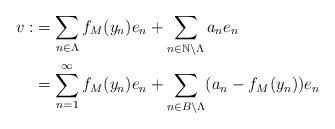
LaTeX: \begin{align*}v:&= \sum_{n \in \Lambda}f_M(y_n)e_n + \sum_{n \in \mathbb{N}\setminus \Lambda}a_ne_n\\&= \sum_{n=1}^\infty f_M(y_n) e_n +\sum_{n \in B\setminus \Lambda}(a_n - f_M(y_n))e_n\end{align*}